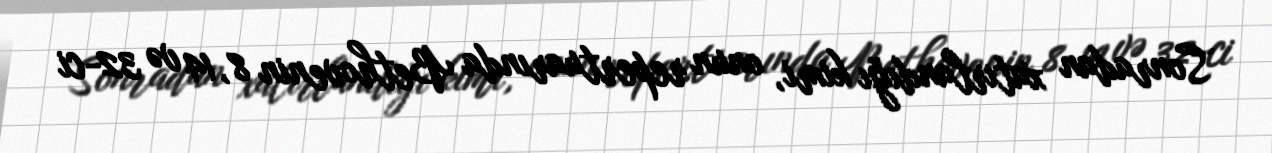
Sonradan xatırlandığı kimi, onun repertuarında Bethovenin 8, 14 və 32-ci